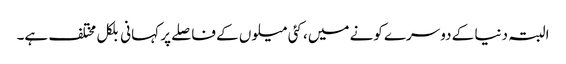
البتہ دنیا کے دوسرے کونے میں، کئی میلوں کے فاصلے پر کہانی بلکل مختلف ہے۔